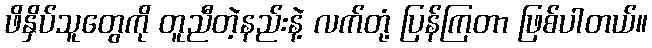
ဖိနှိပ်သူတွေကို တူညီတဲ့နည်းနဲ့ လက်တုံ့ ပြန်ကြတာ ဖြစ်ပါတယ်။